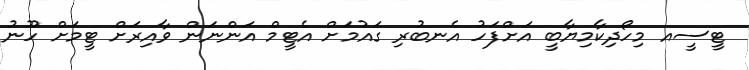
ޓީސީއ މިހޯދިކާމިޔާބީ އަށްފަހު އެނބުރި ގައުމަށް އެޓީމް އަންނަން ވާއިރަށް ޓީމަށް ހޫނު